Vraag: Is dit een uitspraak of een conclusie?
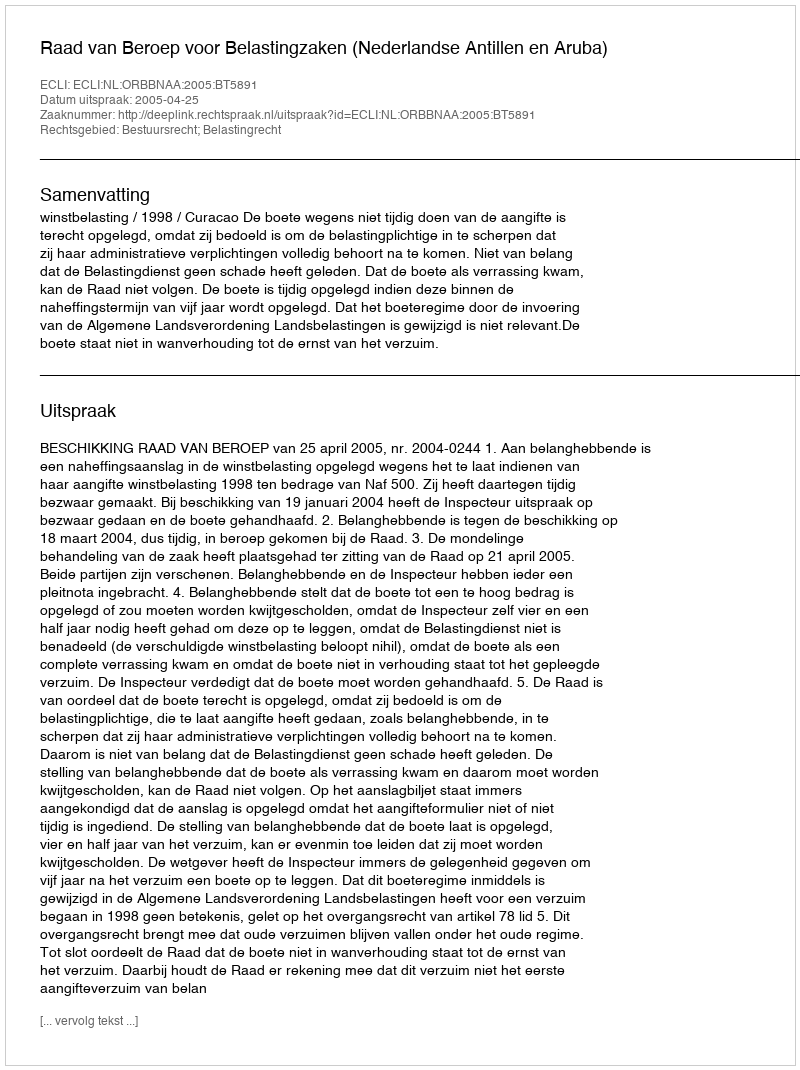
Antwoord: Uitspraak